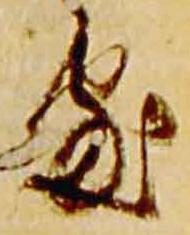
処